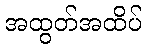
အထွတ်အထိပ်